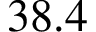
3 8 . 4